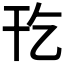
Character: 𫷔